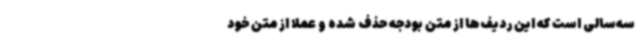
سه‌سالی است که این ردیف‌ها از متن بودجه حذف شده و عملا از متن خود